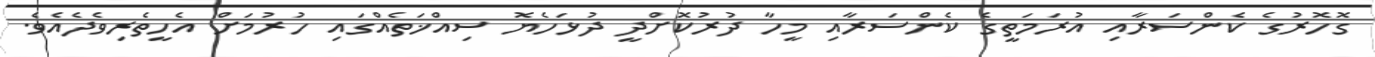
ގޮހޮރުގެ ކެންސަރާއި އުރަމަތީގެ ކެންސަރާއި މީހާ ދުރުކޮށްދީ ދުޅަހެޔޮ ސިއްޚަތެއްގައި ހުރުމަށް އެހީތެރިވެދެއެވެ.